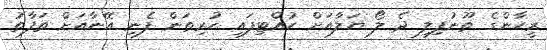
ރީހާންގެ ތޫނުފިލި ދެ ލޯ ޔަލާއަށް ހުއްޓިފައި ހުރިތަން ފެނި އޭނާއަށް ތަފާތު